Document type: Testament
Year: 1300
Scribe: Bonanat d'Esparreguera
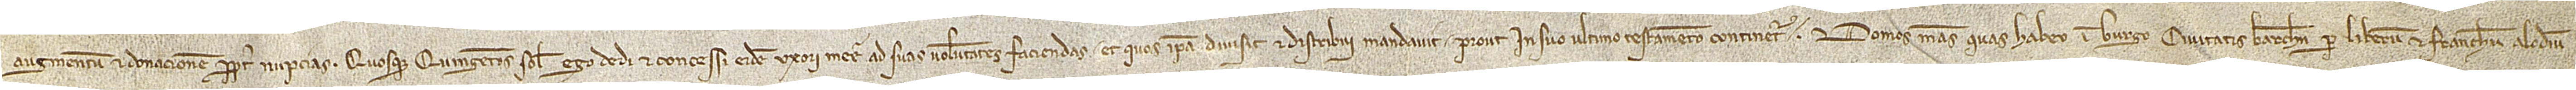
augmentum et donacionem propter nupcias. Quosque quingentos solidos ego dedi et concessi eidem uxori mee ad suas voluntates faciendas et quos ipsa divisit et distribui mandavit, prout in suo ultimo testamento continetur. Domos meas quas habeo in burgo civitatis Barchinone per liberum et franchum alodium,